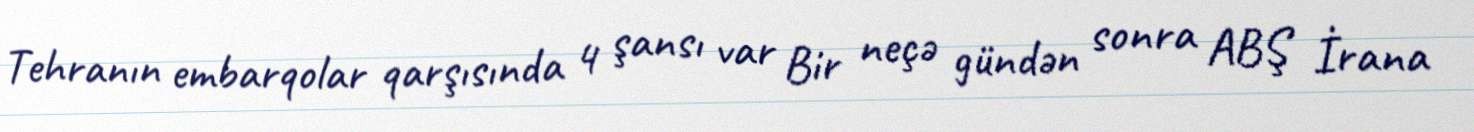
Tehranın embarqolar qarşısında 4 şansı var Bir neçə gündən sonra ABŞ İrana